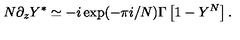
N \partial _ { z } Y ^ { * } \simeq - i \exp ( - \pi i / N ) \Gamma \left[ 1 - Y ^ { N } \right] .